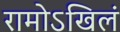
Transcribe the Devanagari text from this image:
रामोऽखिलं